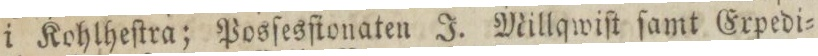
i Kohlheſtra; Posſesſionaten J. Millqwiſt ſamt Expedi=